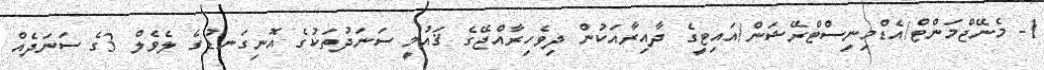
1- މެނޭޖްމަންޓް/އެޑްމިނިސްޓްރޭޝަން/އައިޓީގެ ދާއިރާއަކުން ދިވެހިރާއްޖޭގެ ޤައުމީ ސަނަދުތަކުގެ އޮނިގަނޑުގެ ލެވެލް 3ގެ ސަނަދެއް